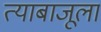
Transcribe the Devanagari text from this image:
त्याबाजूला